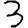
Digit: 3